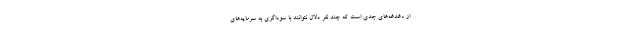
از دغدغه‌های جدی است که چند نفر دلال نتوانند با سوداگری به سرمایه‌های